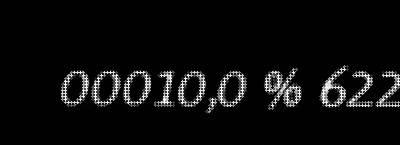
00010,0 % 622